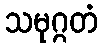
သမုဂ္ဂတံ